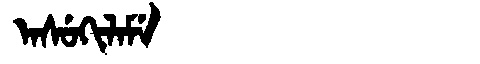
Manchu: ᠠᠰᡠᡴᡳᠯᠠᠮᡝ
Romanization: ASUKILAME